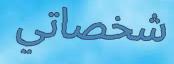
شخصاتي